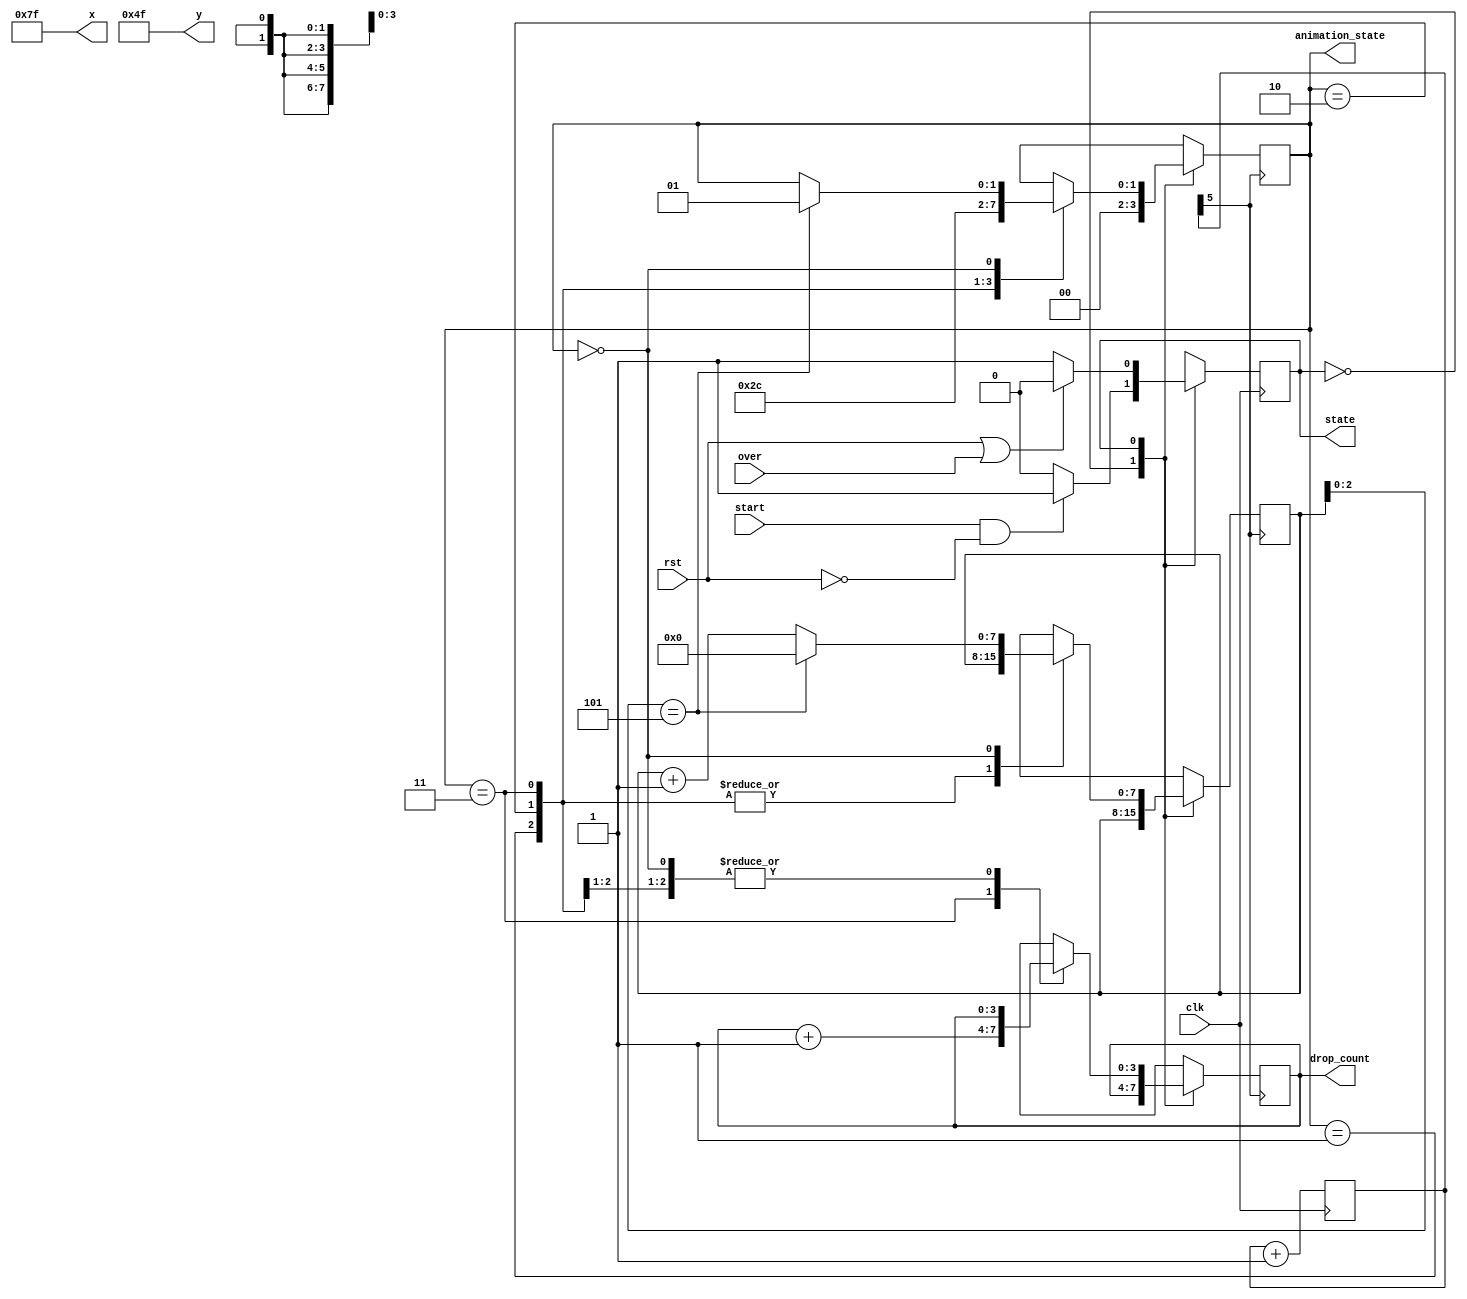
`timescale 1ns / 1ps

module kong(
    input wire clk,  //clock signal
    input wire rst,  //reset signal
    input wire start,//start signal
    input wire over, //over signal
    output wire [9:0] x,  //kong position
    output wire [8:0] y,  //kong position
    output reg [3:0] drop_count,  //Determine the barrel id to drop
    output reg state,   //kong state
    output reg [1:0] animation_state  //kong animation
    );

    localparam KONG_INITIAL = 1'b0,  //kong two state
               KONG_PLAYING = 1'b1;

    localparam KONG_NORMAL = 2'b00,  //kong four animation
               KONG_GET    = 2'b01,
               KONG_HOLD   = 2'b10,
               KONG_DROP   = 2'b11;
    
    localparam KONG_INITIAL_X = 127,  //kong position
               KONG_INITIAL_Y = 79;
    
    reg next_state;
    reg [7:0] animation_counter;

    reg [10:0] clk_div;

    assign x = KONG_INITIAL_X;
    assign y = KONG_INITIAL_Y;
    
    initial begin  //initalize
        state = KONG_INITIAL;
        next_state = KONG_INITIAL;
        animation_state = KONG_NORMAL;
        drop_count = 0;
        clk_div = 0;
        animation_counter = 0;
    end

    always@ (posedge clk) begin
        state <= next_state;
        clk_div <= clk_div + 1'b1;  //self clock
    end

    always@ (posedge clk_div[5]) begin  //kong animation state switch
        case(state)
            KONG_INITIAL: begin
                animation_state = KONG_NORMAL;
            end
            KONG_PLAYING: begin
                case(animation_state)
                    KONG_GET: begin
                        animation_state = KONG_HOLD;
                    end
                    KONG_HOLD: begin
                        animation_state = KONG_DROP;
                    end
                    KONG_DROP: begin
                        animation_state = KONG_NORMAL;
                        drop_count = drop_count + 1'b1;  //drop barrel when display drop animate
                    end
                    KONG_NORMAL: begin
                        if(animation_counter[2:0] == 3'b101) begin
                            animation_counter = 0;
                            animation_state = KONG_GET;
                        end
                        else begin
                            animation_counter = animation_counter + 1'b1;
                        end
                    end
                endcase
            end
        endcase
    end

    always@ (*) begin  //kong state transform
        next_state = state;
        case(state)
            KONG_INITIAL: begin
                if(start & (~rst)) next_state = KONG_PLAYING;
                else next_state = KONG_INITIAL;
            end
            KONG_PLAYING: begin
                if(rst | over) next_state = KONG_INITIAL;
                else next_state = KONG_PLAYING;
            end
        endcase
    end

endmodule